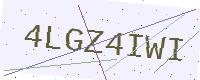
Text: 4LGZ4IWI